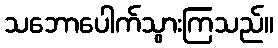
သဘောပေါက်သွားကြသည်။